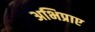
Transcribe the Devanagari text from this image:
अभिप्राए